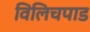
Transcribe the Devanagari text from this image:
विलिचपाड